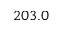
2 0 3 . 0